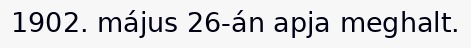
1902. május 26-án apja meghalt.